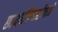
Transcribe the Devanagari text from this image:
छायादिग्दर्शनाचे